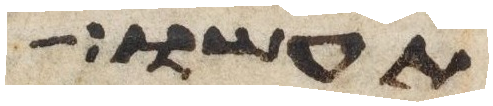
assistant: תעשו